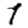
Digit: 1